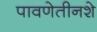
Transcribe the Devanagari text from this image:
पावणेतीनशे